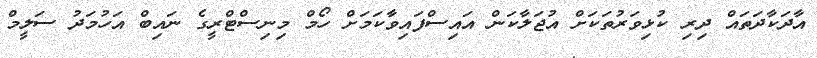
އާދަކާދަތައް ދިރި ކުޅިވަރުތަކަށް އުޖަލާކަން އައިސްފައިވާކަމަށް ހޯމް މިނިސްޓްރީގެ ނައިބް އަހުމަދު ސަލީމް